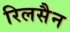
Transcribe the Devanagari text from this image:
रिलसैन